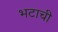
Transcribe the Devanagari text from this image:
भटाची